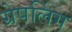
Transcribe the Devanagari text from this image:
ग्रेपलिंग